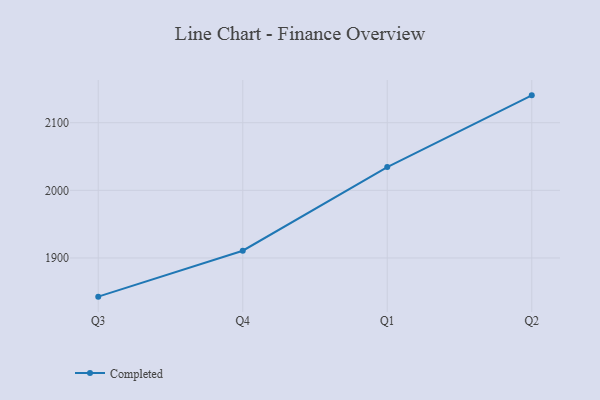
{"axis": {"x": "Quarter", "y": "Net Income (USD K)"}, "legend": ["Completed"], "data": [{"x": "Q3", "y": 1842.8, "type": "Completed"}, {"x": "Q4", "y": 1910.7, "type": "Completed"}, {"x": "Q1", "y": 2034.5, "type": "Completed"}, {"x": "Q2", "y": 2140.5, "type": "Completed"}]}